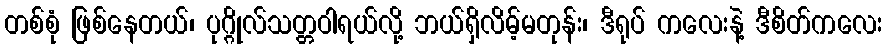
တစ်စုံ ဖြစ်နေတယ်၊ ပုဂ္ဂိုလ်သတ္တဝါရယ်လို့ ဘယ်ရှိလိမ့်မတုန်း၊ ဒီရုပ် ကလေးနဲ့ ဒီစိတ်ကလေး